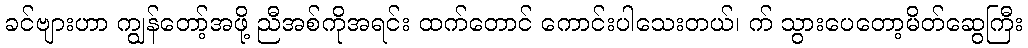
ခင်ဗျားဟာ ကျွန်တော့်အဖို့ ညီအစ်ကိုအရင်း ထက်တောင် ကောင်းပါသေးတယ်၊ က် သွားပေတော့မိတ်ဆွေကြီး